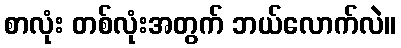
စာလုံး တစ်လုံးအတွက် ဘယ်လောက်လဲ။